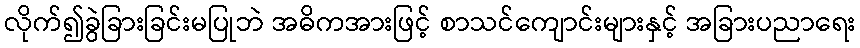
လိုက်၍ခွဲခြားခြင်းမပြုဘဲ အဓိကအားဖြင့် စာသင်ကျောင်းများနှင့် အခြားပညာရေး